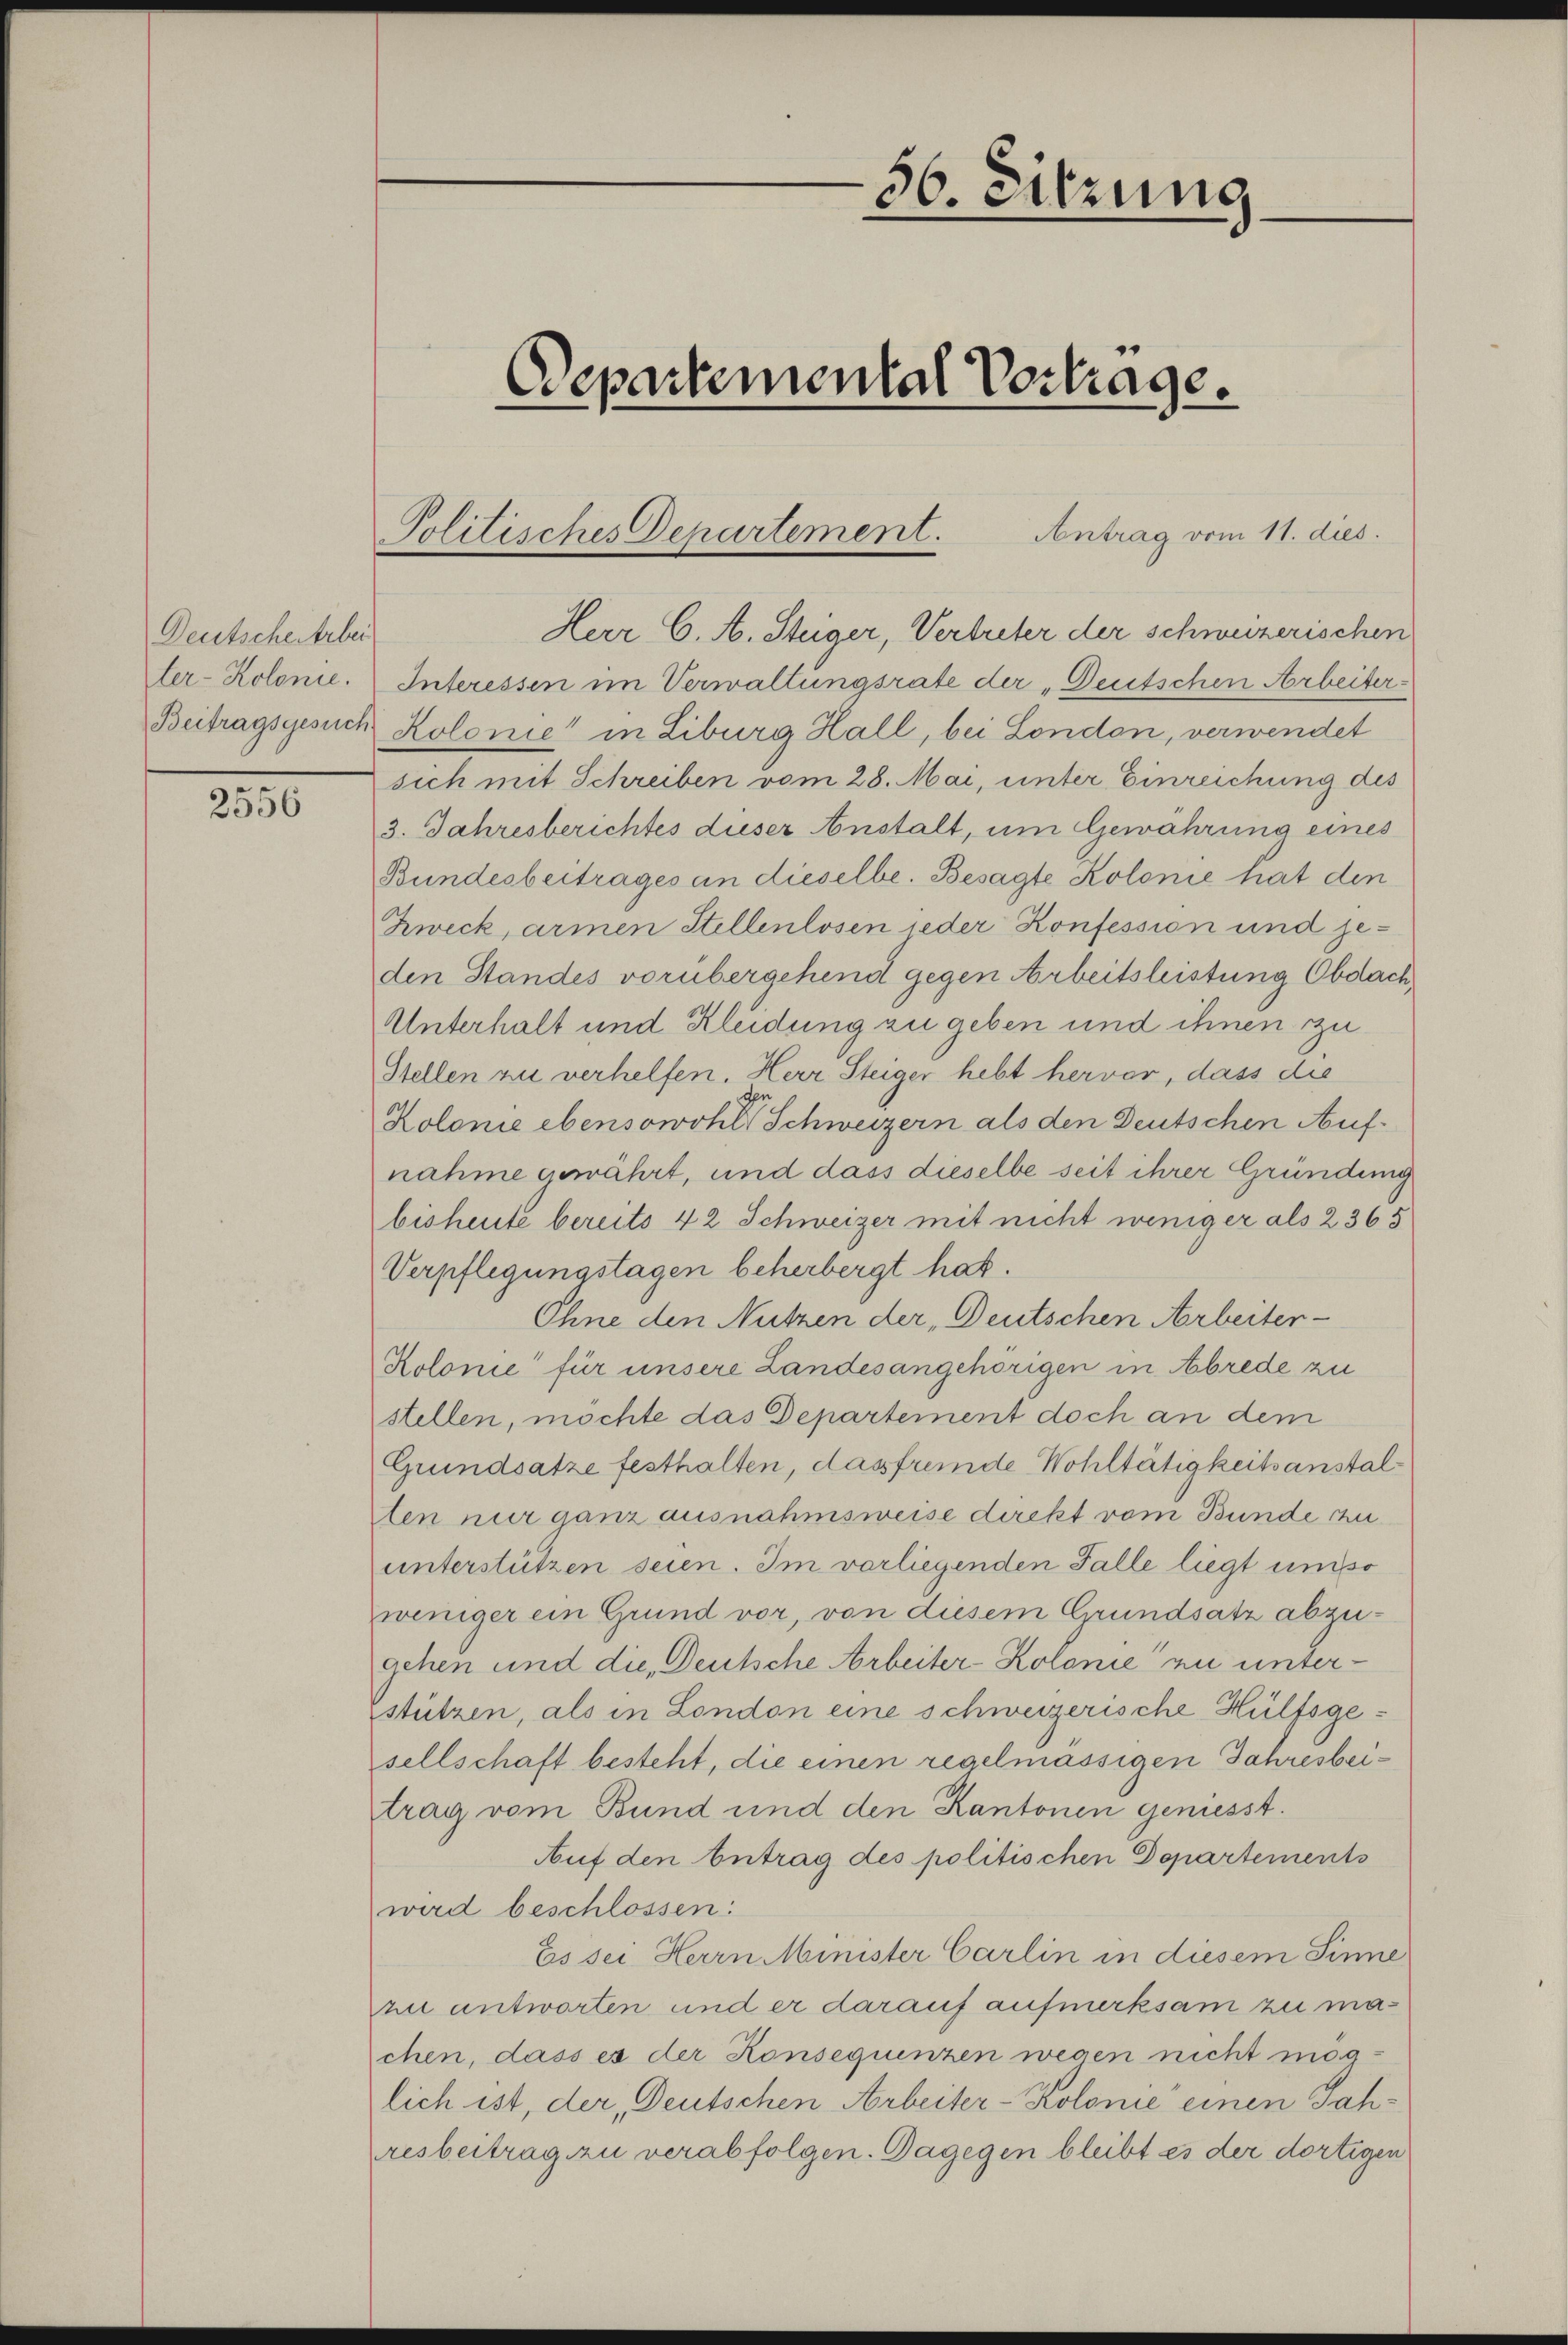
Deutscheitsber

2556

Herr C. A. Steiger, Vertreter der schweizerischen
ter-Kolonie. Interessen im Verwaltungsrate der „Deutschen Arbeiter¬
Beitragsgesuch Kolonie" in Liburg Hall, bei London, verwendet
sich mit Schreiben vom 28. Mai, unter Einreichung des
3. Jahresberichtes dieser Anstalt, um Gewährung eines
Bundesbeitrages an dieselbe. Besagte Kolonie hat den
Zweck, armen Stellenlosen jeder Konfession und geden Standes vorübergehend gegen Arbeitsleistung Obdach
Unterhalt und Kleidung zu geben und ihnen zu
Stellen zu verhelfen. Herr Steiger hebt hervor, dass die
Kolonie ebensowohl Schweizern als den Deutschen Aufnahme gewährt, und dass dieselbe seit ihrer Gründung
bisheute bereits 42 Schweizer mit nicht weniger als 2365
Verpflegungstagen beherbergt hat.
Ohne den Nutzen der „Deutschen Arbeiter-
Kolonie" für unsere Landesangehörigen in Abrede zu
stellen, möchte das Departement doch an dem
Grundsatze festhalten, dasfremde Wohltätigkeitsanstalzten nur ganz ausnahmsweise direkt vom Bunde zu
unterstützen seien. Im vorliegenden Falle liegt umso
weniger ein Grund vor, von diesem Grundsatz abzugehen und die Deutsche Arbeiter-Kolonie zu unterstützen, als in London eine schweizerische Hülfsgesellschaft besteht, die einen regelmässigen Jahresbeitrag vom Bund und den Kantonen geniesst.
Auf den betrag des politischen Departements
wird beschlossen:
Es sei Herrn Minister Carlin in diesem Sinne
zu antworten und er darauf aufmerksam zu machen, dass es der Konsequenzen wegen nicht möglich ist, der Deutschen Arbeiter-Kolonie einen Jahresbeitrag zu verabfolgen. Dagegen bleibt es der dortigen

Politisches Departement. Antrag vom 11. dies

56. Sitzung
Departemental Vortrage.